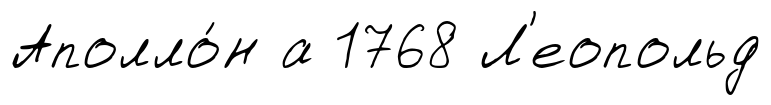
Аполло́н а 1768 Л'еопольд